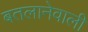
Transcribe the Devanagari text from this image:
बतलानेवाली